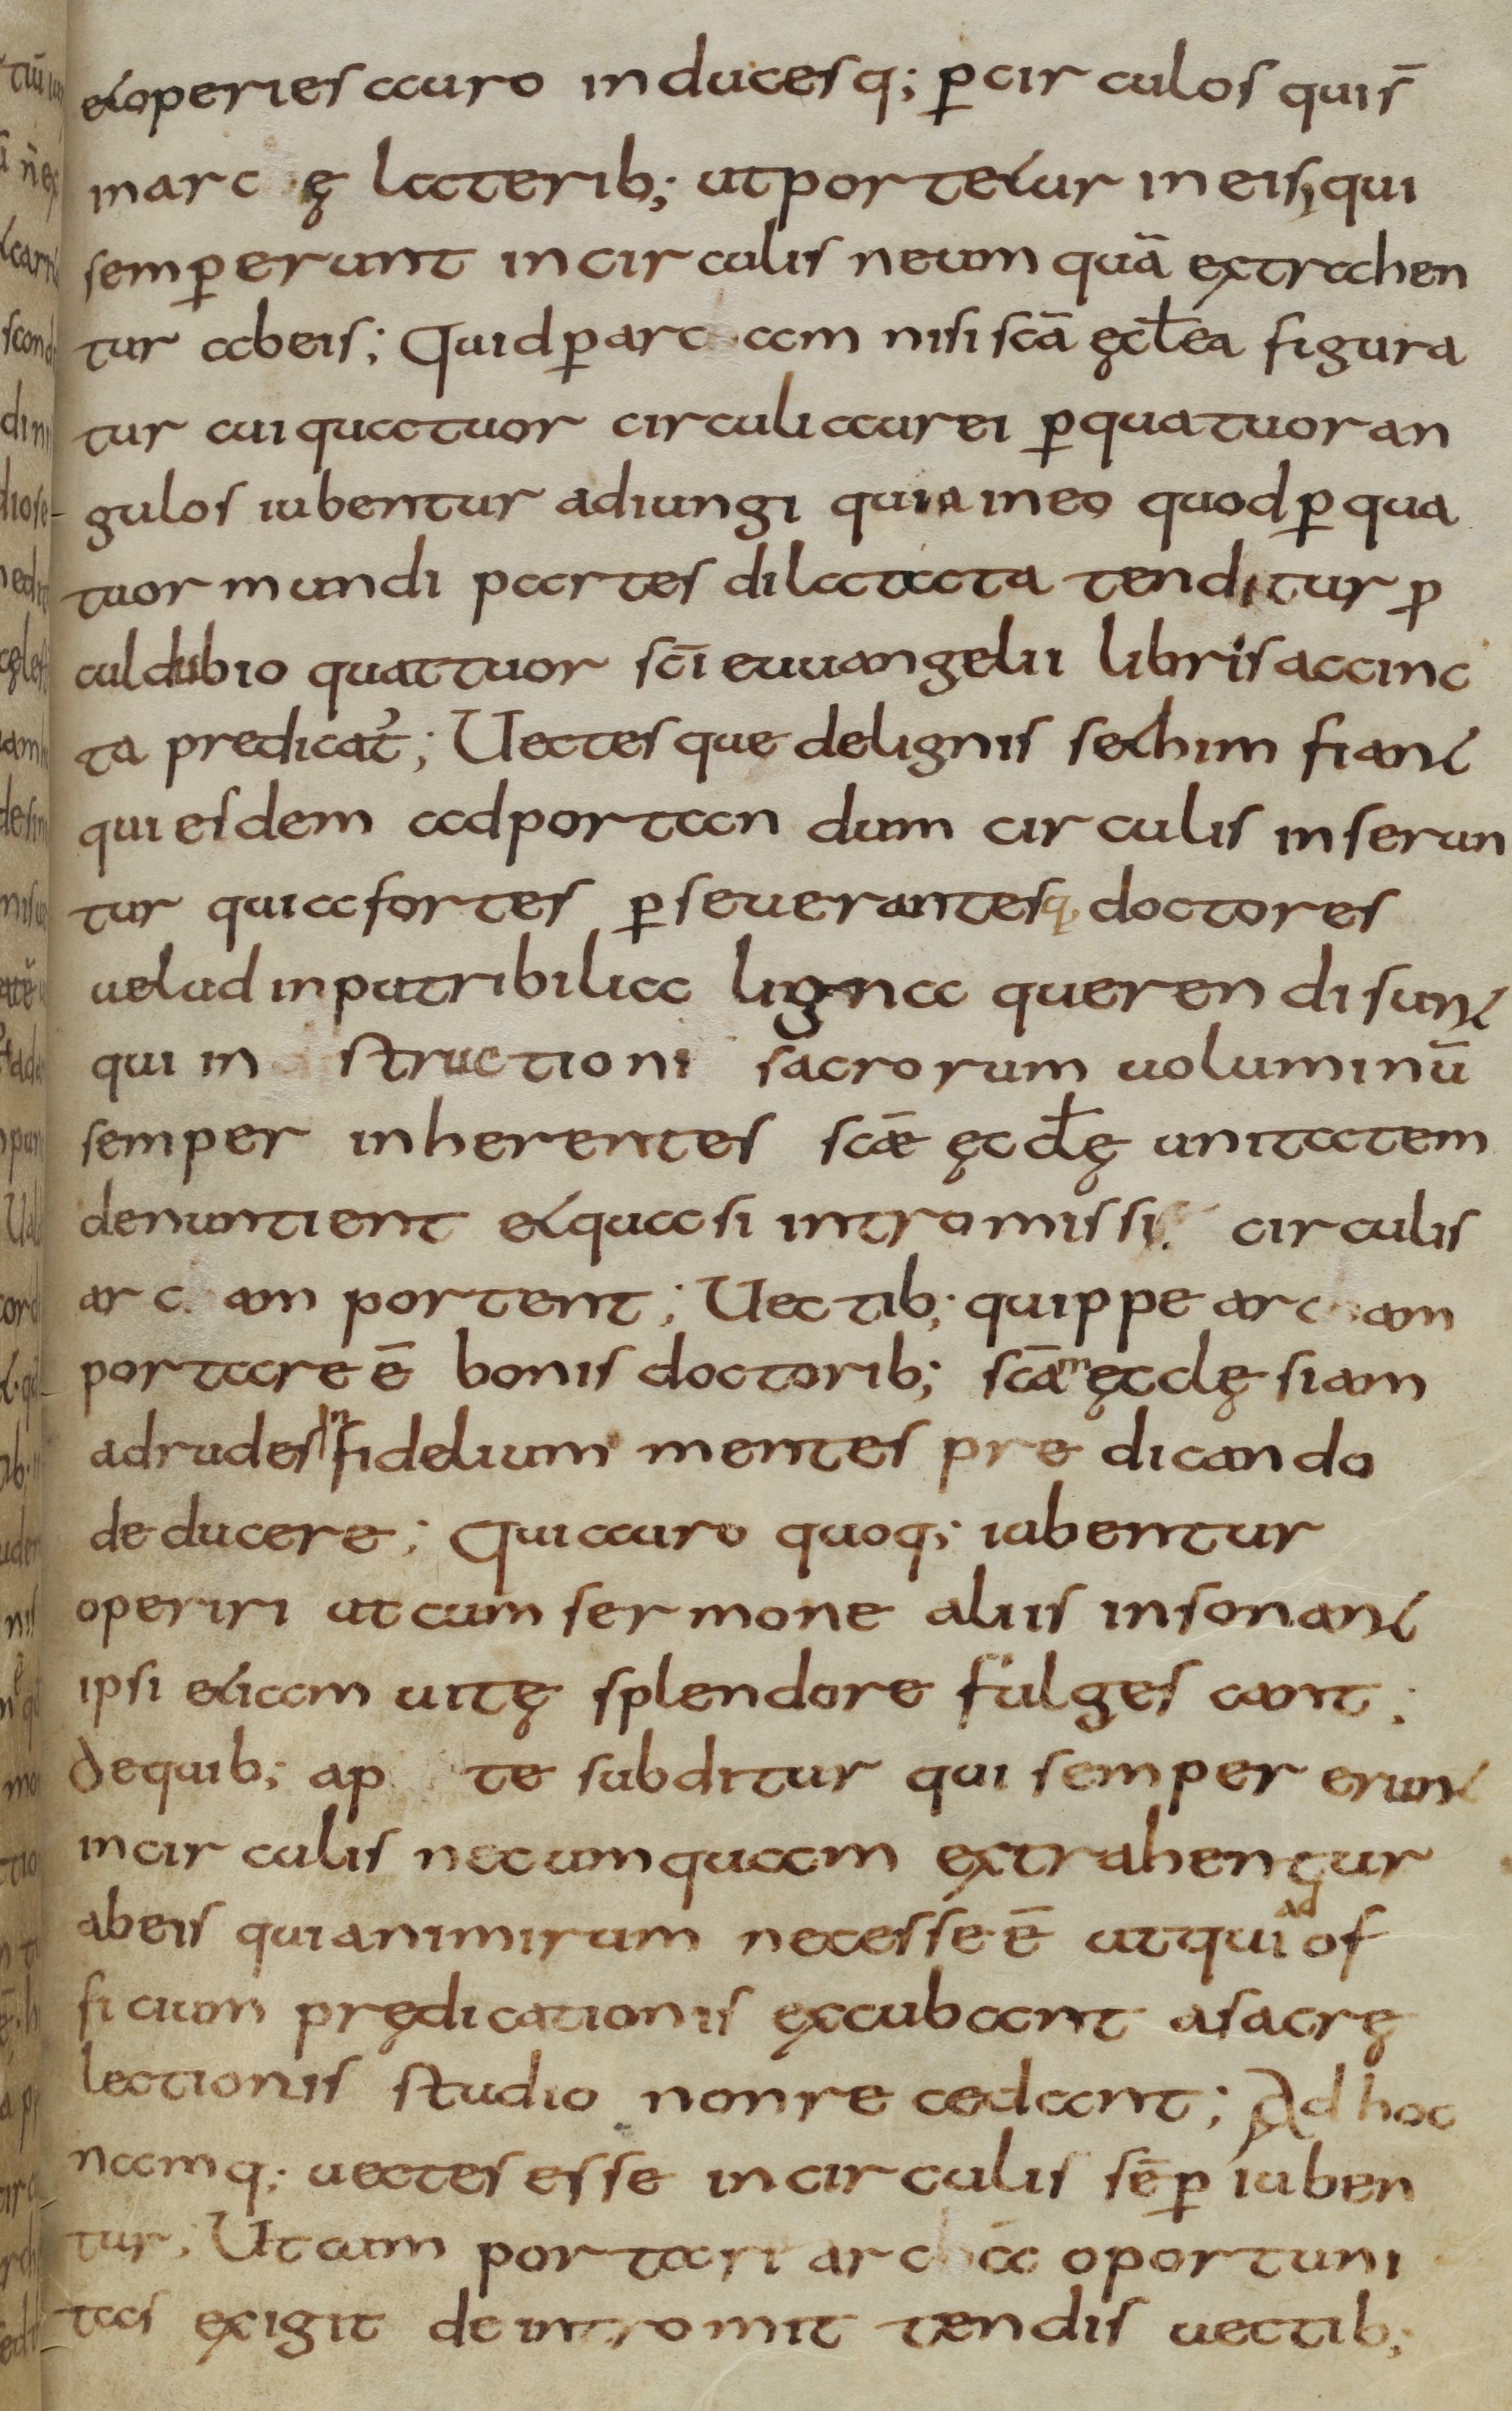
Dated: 800–830